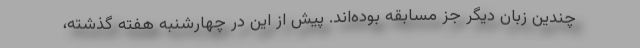
چندین زبان دیگر جز مسابقه بوده‌اند. پیش از این در چهارشنبه هفته گذشته،